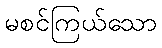
မစင်ကြယ်သော